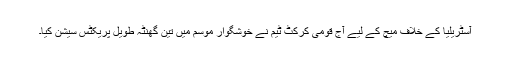
آسٹریلیا کے خلاف میچ کے لیے آج قومی کرکٹ ٹیم نے خوشگوار موسم میں تین گھنٹہ طویل پریکٹس سیشن کیا۔